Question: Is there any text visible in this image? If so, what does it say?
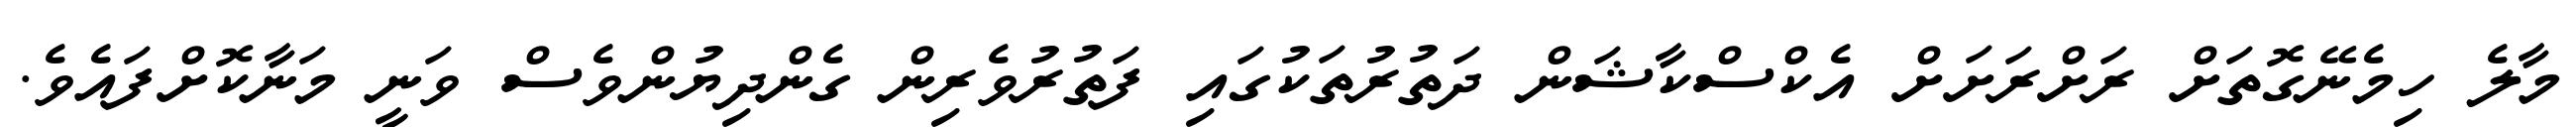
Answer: މާލެ ހިމެނޭގޮތަށް ރަށްރަށަށް އެކްސްކާޝަން ދަތުރުތަކުގައި ފަތުރުވެރިން ގެންދިޔުންވެސް ވަނީ މަނާކޮށްފައެވެ.